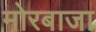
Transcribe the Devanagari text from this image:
मोरबाजा